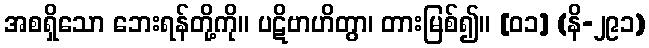
အစရှိသော ဘေးရန်တို့ကို။ ပဋိဗာဟိတွာ၊ တားမြစ်၍။ [၀၁] (နိ-၂၉၁)